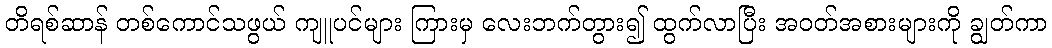
တိရစ်ဆာန် တစ်ကောင်သဖွယ် ကျူပင်များ ကြားမှ လေးဘက်တွား၍ ထွက်လာပြီး အဝတ်အစားများကို ချွတ်ကာ